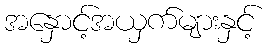
အနှောင့်အယှက်များနှင့်